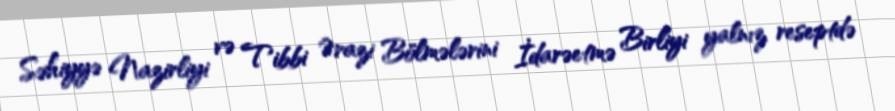
Səhiyyə Nazirliyi və Tibbi Ərazi Bölmələrini İdarəetmə Birliyi yalnız reseptdə